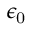
\epsilon _ { \mathrm { 0 } }